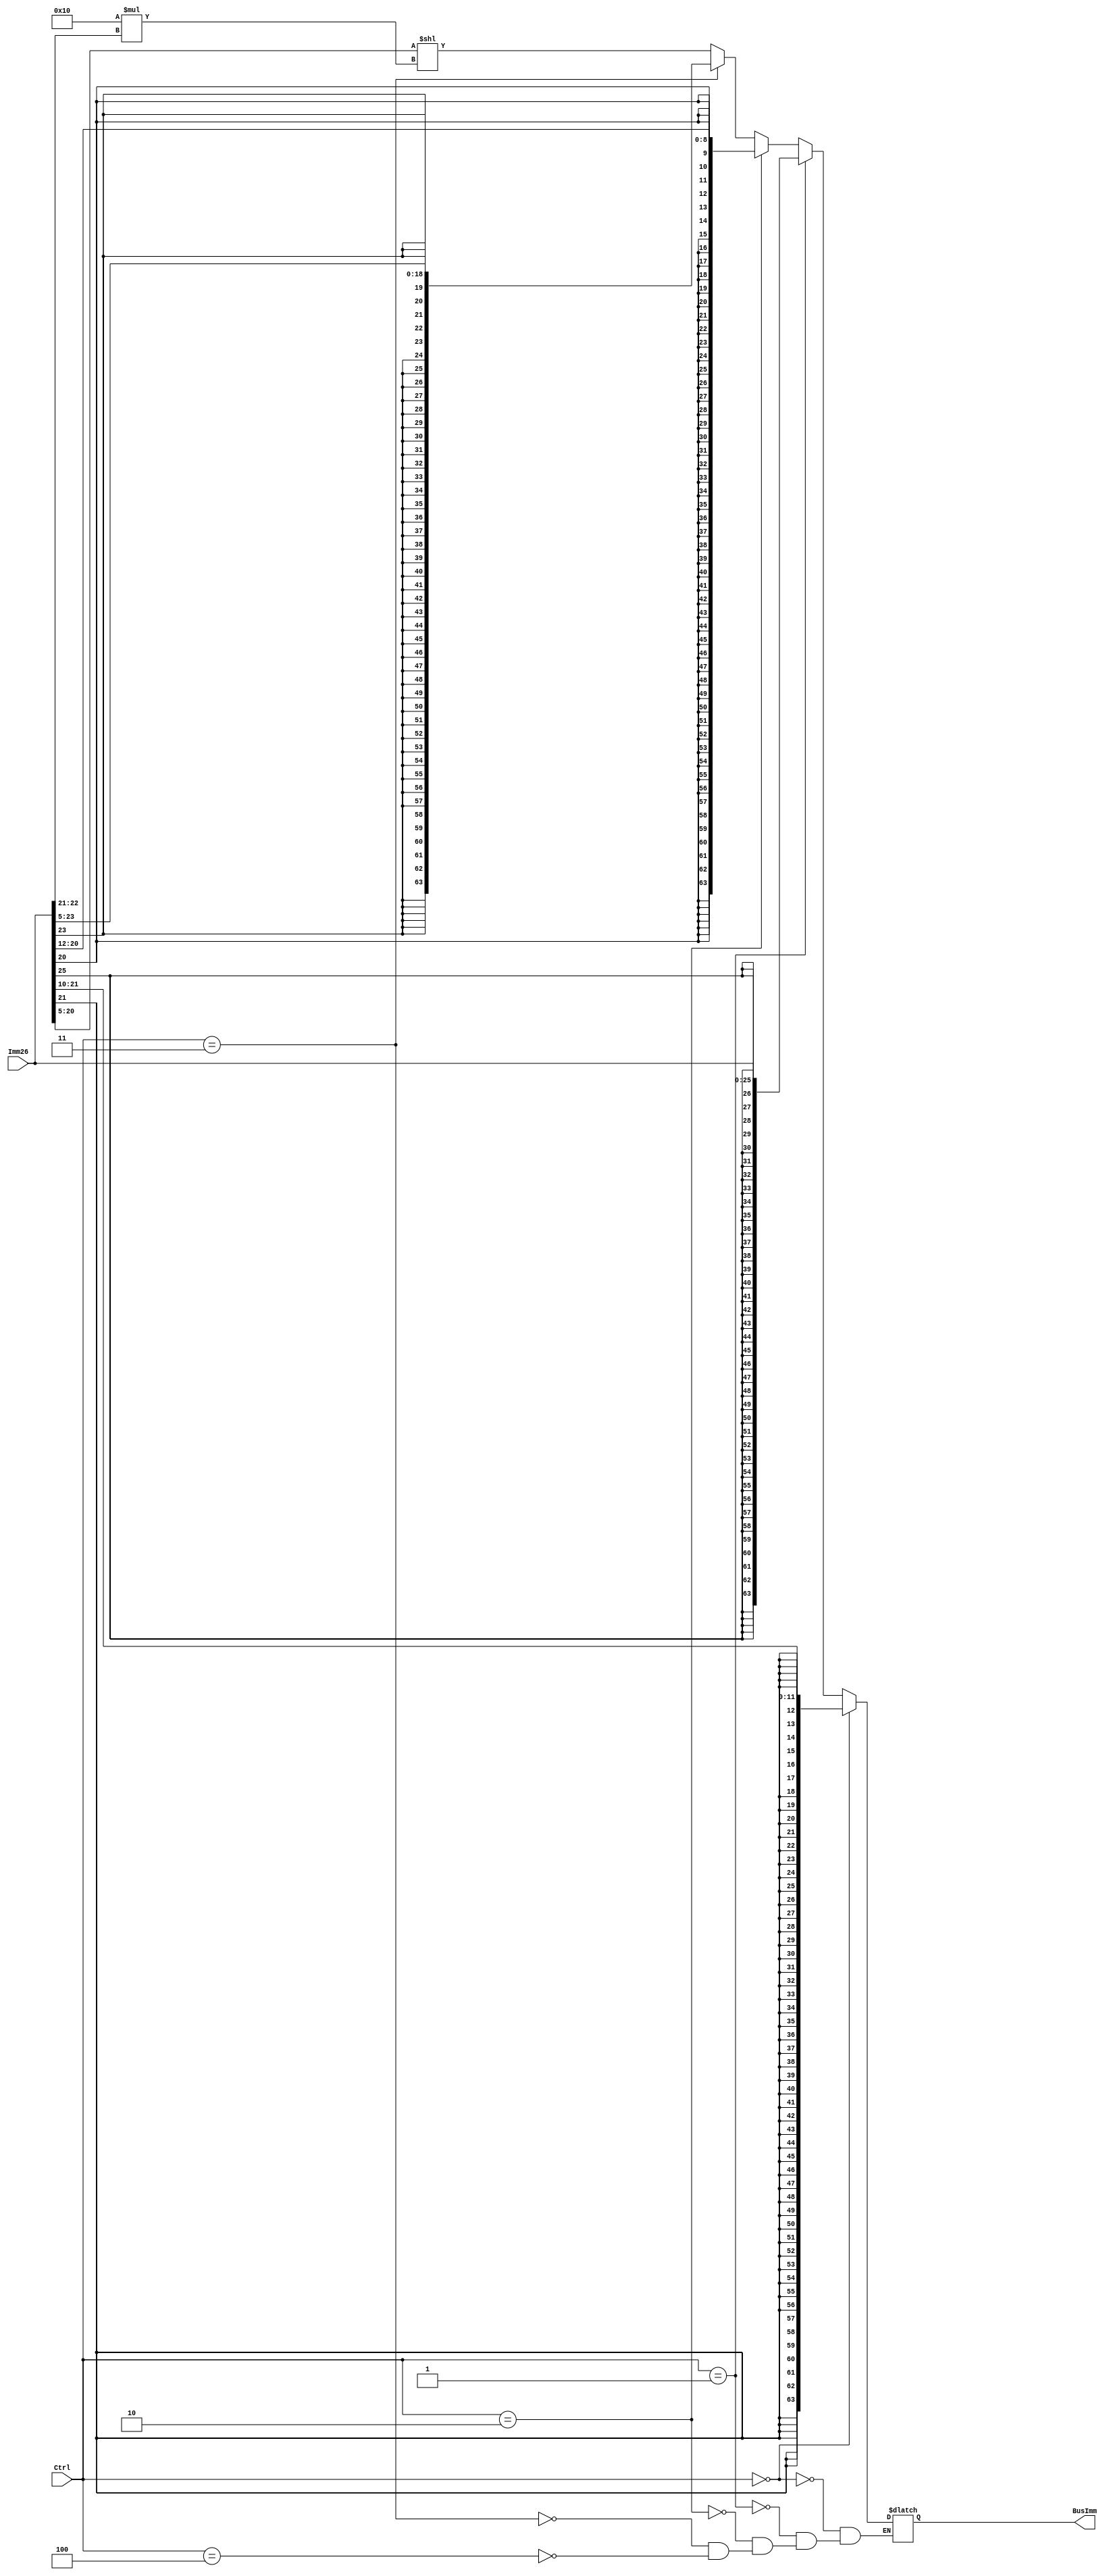
/*
`define I_TYPE 3'b000
`define B      3'b001
`define D_TYPE 3'b010
`define CBZ    3'b011
`define IW     3'b100
 */

module SignExtender(BusImm, Imm26, Ctrl);
   output reg[63:0] BusImm;
   input [25:0]  Imm26;
   input [2:0] 	 Ctrl;  //Making signop up 3 bits for MOVZ functionality

   
   always @(*)
     begin
     if(Ctrl == 3'b000)
       BusImm <= {{52{Imm26[21]}}, Imm26[21:10]};
     else if(Ctrl == 3'b001)
       BusImm <= {{38{Imm26[25]}}, Imm26[25:0]};
     else if(Ctrl == 3'b010)
       BusImm <= {{55{Imm26[20]}}, Imm26[20:12]};
     else if(Ctrl == 3'b011)
       BusImm <= {{45{Imm26[23]}}, Imm26[23:5]};
     else if(Ctrl == 3'b100)  //MOVZ functionality
       begin
	  BusImm <= {{48{1'b0}}, Imm26[20:5]} << (16*Imm26[22:21]);
	  //BusImm = BusImm << (16*Imm26[22:21]);
	  
	  /*
	  if(Imm26[22:21] == 2'b01)
	    BusImm = BusImm << 16;
	  else if(Imm26[22:21] == 2'b10)
	    BusImm = BusImm << 32;
	  else if(Imm26[22:21] == 2'b11)
	    BusImm = BusImm << 48;
	   */
       end
   end
   
   /*
   case(Ctrl)
     //I-type Instruction
     `I_TYPE: assign BusImm = {{52{Imm26[21]}}, Imm26[21:10]};//Address offset in 21:10
     //B Instruction
     `B: assign BusImm = {{38{Imm26[25]}}, Imm26[25:0]};//Address offset in 25:0
     //D-type Instruction
     `D_TYPE: assign BusImm = {{55{Imm26[20]}}, Imm26[20:12]};//Address offset in 20:12
     //CBZ Instruction
     `CBZ: assign BusImm = {{45{Imm26[23]}}, Imm26[23:5]};//Address offset in 23:5
   endcase // case (Ctrl)
  */
endmodule // SignExtender